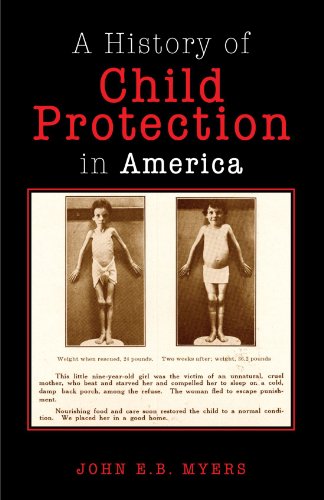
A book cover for A History of Child Protection In America; John E. B. Myers; Law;